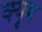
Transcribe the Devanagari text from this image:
क्यूम